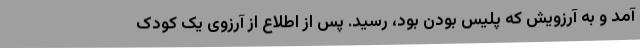
آمد و به آرزویش که پلیس بودن بود، رسید. پس از اطلاع از آرزوی یک کودک